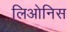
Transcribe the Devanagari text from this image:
लिओनिस